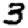
Digit: 3